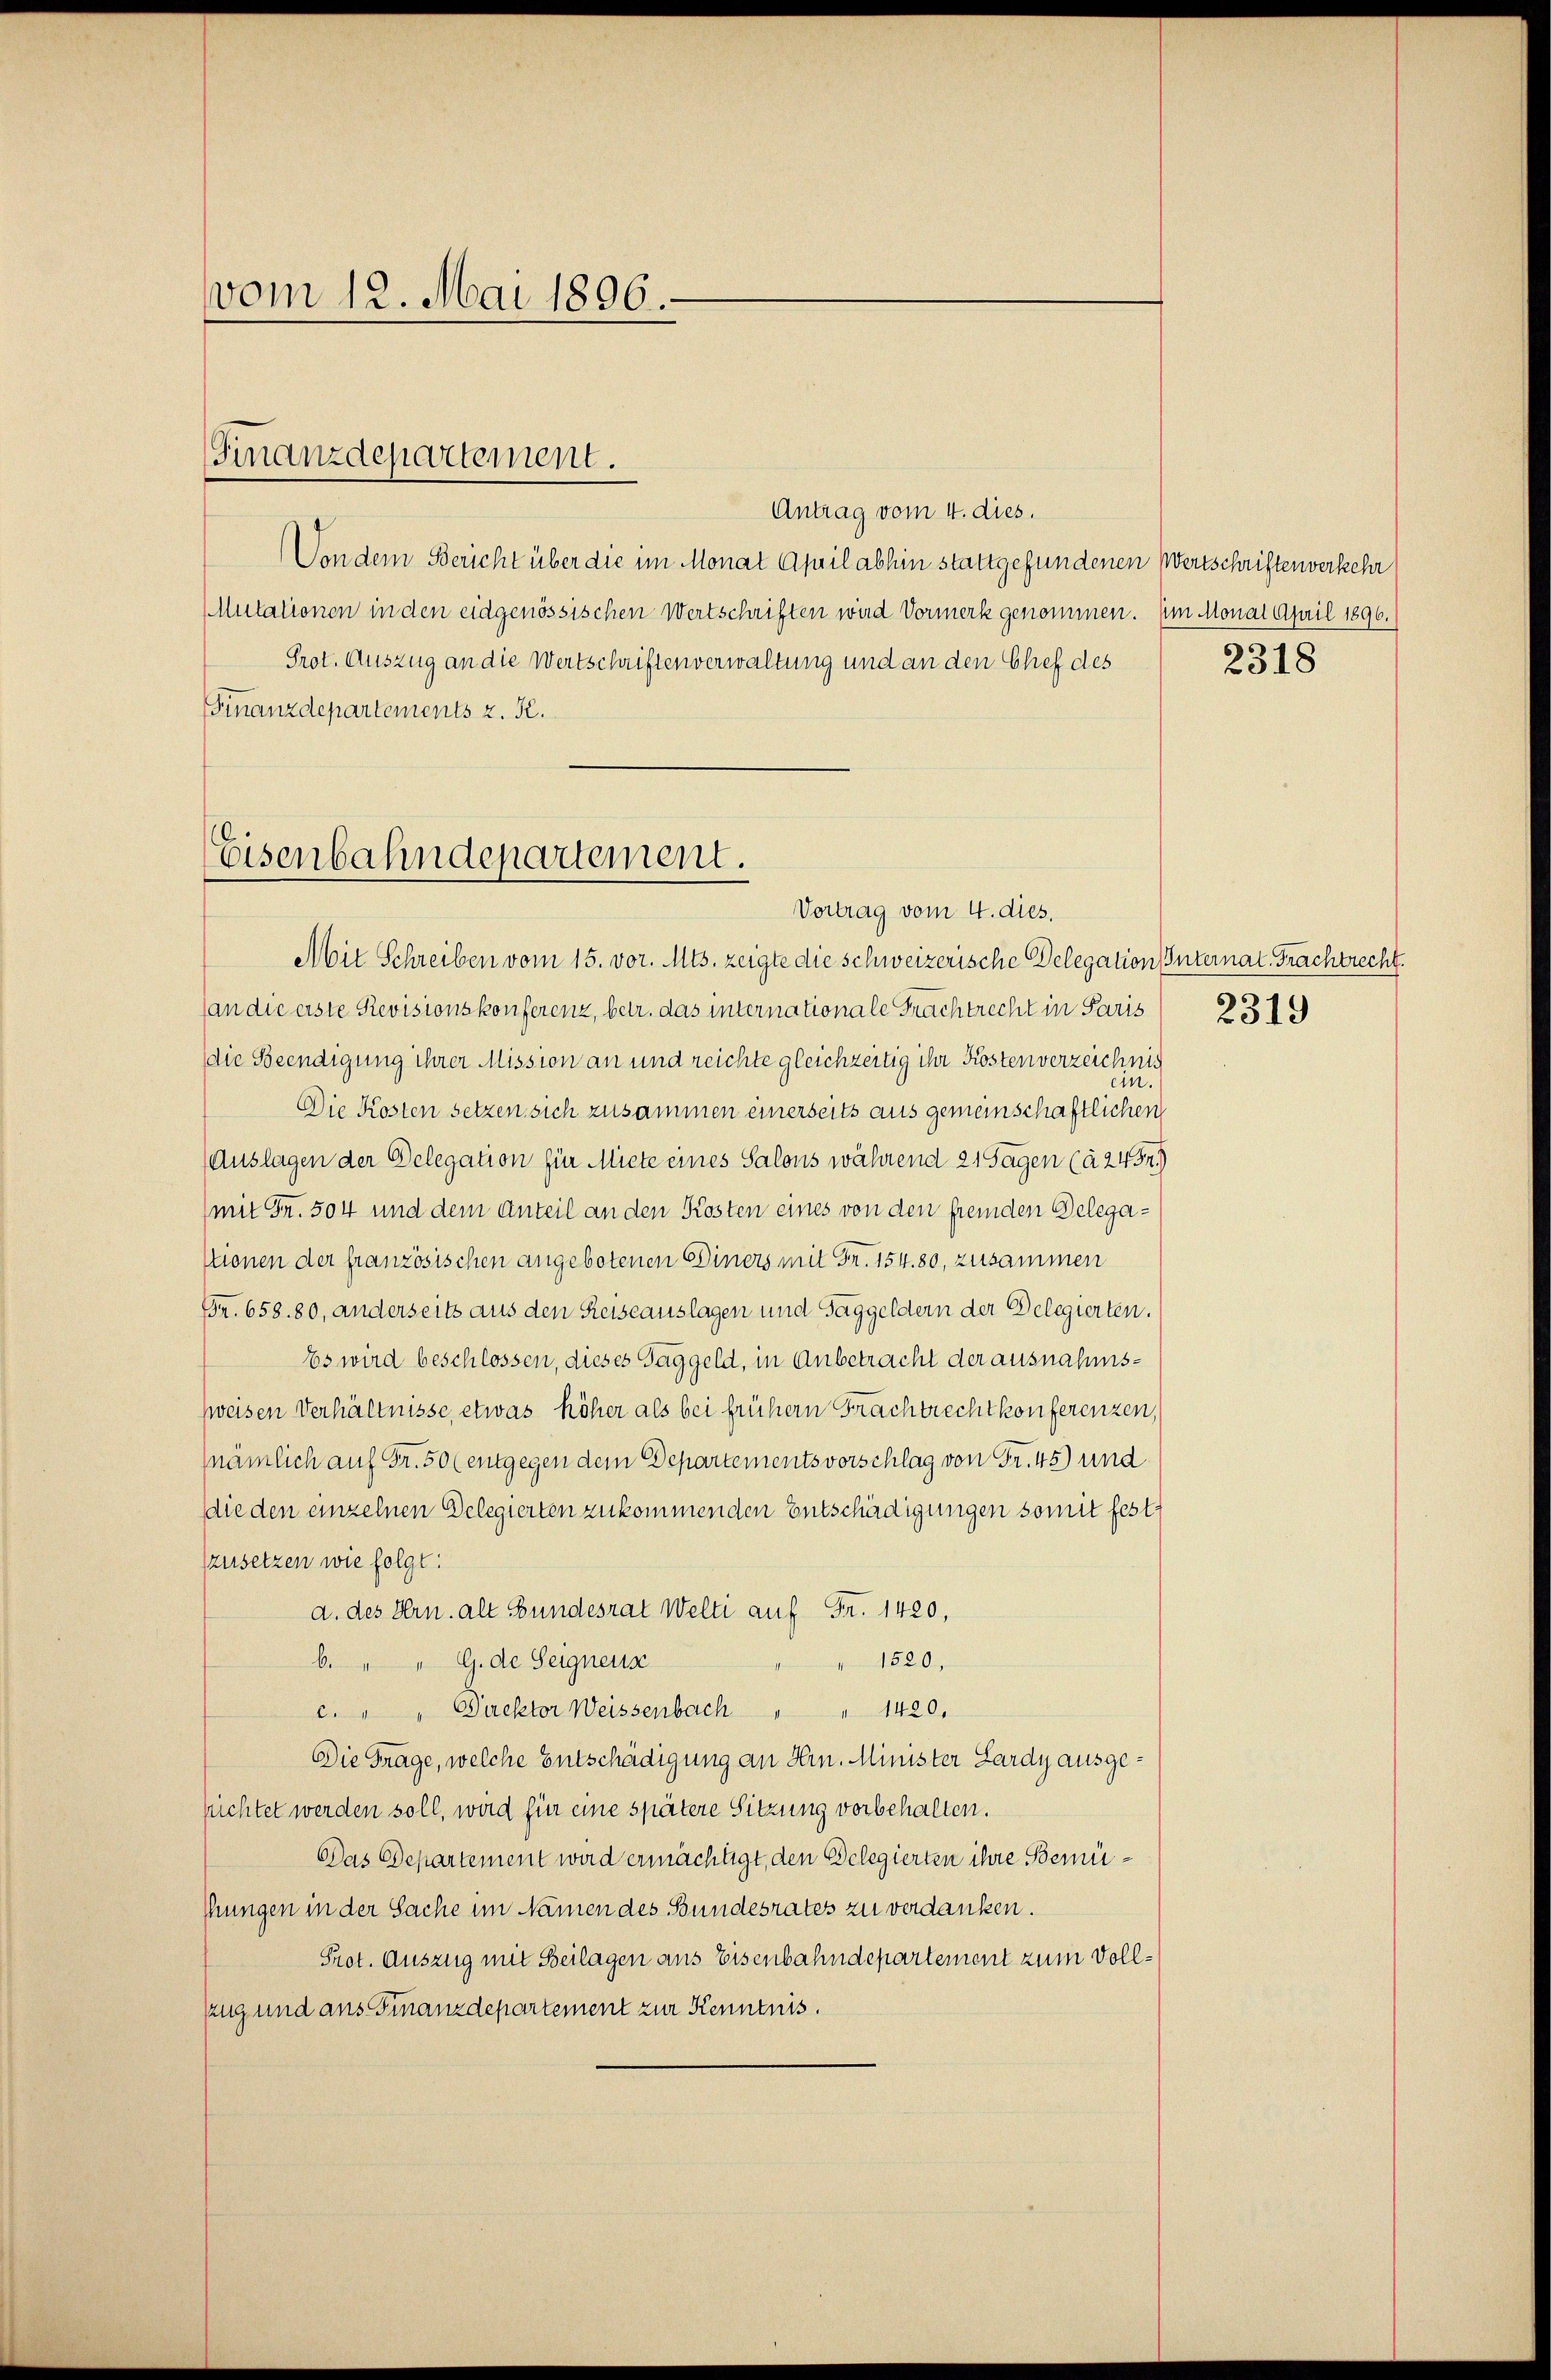
vom 12. Mai 1896.

Finanzdepartement.

Antrag vom 4. dies.
Von dem Bericht über die im Monat April abhin stattgefundenen Wertschriften verkehr
Mutationen in den eidgenössischen Wertschriften wird Vormerk genommen. Im Monat April 1896.
Prot. Auszug an die Wertschriften verwaltung und an den Chef des
Finanzdepartements z. B.

Eisenbahndepartement.
Vortrag vom 4. dies.

Mit Schreiben vom 15. vor. Mts. zeigte die schweizerische Delegation Internat. Frachtrecht.
(an die erste Revisionskonferenz, betr. das internationale Frachtrecht in Paris
die Beendigung ihrer Mission an und reichte gleichzeitig ihr Kosten verzeichnis
Die Kosten setzen sich zusammen einerseits aus gemeinschaftlichen
Auslagen der Delegation für Miete eines Salons während 21 Sagen (à 2452.
mit Fr. 504 und dem Anteil an den Kosten eines von den fremden Delegaktionen der französischen angebotenen Einers mit Fr. 154. 80, zusammen
(Fr. 658. 80, anderseits aus den Reiseauslagen und Taggeldern der Delegierten.
Es wird beschlossen, dieses Taggeld, in Anbetracht der ausnahmszweisen Verhältnisse, etwas höher als bei früher Frachtrecht konferenzen
nämlich auf Fr. 50 (entgegen dem Departementsvorschlag von Fr. 45) und
die den einzelnen Delegierten zukommenden Entschädigungen somit festzusetzen wie folgt:
d. des Hrn. alt Bundesrat Welti auf Fr. 1420,
1520,
b. " " G. de Seigners
c. " " Direktor Weissenbach " " 1420.
Die Frage, welche Entschädigung an Hrn. Minister Lardy ausgesichtet werden soll, wird für eine spätere Sitzung vorbehalten.
Das Departement wird ermächtigt, den Delegierten ihre Bemü¬
Mungen in der Sache im Namen des Bundesrates zu verdanken.
Prot. Auszug mit Beilagen aus Eisenbahndepartement zum Voll¬
Zug und ans Finanzdepartement zur Kenntnis.

2318

2319